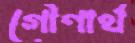
গৌণার্থ